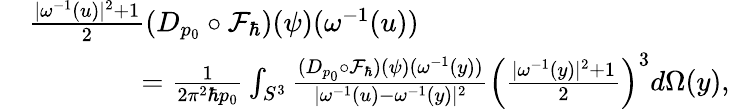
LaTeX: \begin{array}{rl}&{\frac{|\omega^{-1}(u)|^{2}+1}{2}(D_{p_{0}}\circ\mathcal{F}_{\hbar})(\psi)(\omega^{-1}(u))}\\ &{\qquad\qquad=\frac{1}{2\pi^{2}\hbar p_{0}}\int_{S^{3}}\frac{(D_{p_{0}}\circ\mathcal{F}_{\hbar})(\psi)(\omega^{-1}(y))}{|\omega^{-1}(u)-\omega^{-1}(y)|^{2}}\Big(\frac{|\omega^{-1}(y)|^{2}+1}{2}\Big)^{3}d\Omega(y),}\end{array}